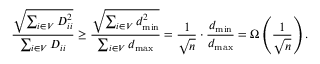
\frac { \sqrt { \sum _ { i \in V } D _ { i i } ^ { 2 } } } { \sum _ { i \in V } D _ { i i } } \geq \frac { \sqrt { \sum _ { i \in V } d _ { \operatorname* { m i n } } ^ { 2 } } } { \sum _ { i \in V } d _ { \operatorname* { m a x } } } = \frac { 1 } { \sqrt { n } } \cdot \frac { d _ { \operatorname* { m i n } } } { d _ { \operatorname* { m a x } } } = \Omega \left( \frac { 1 } { \sqrt { n } } \right) .